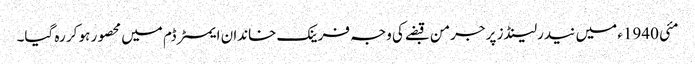
مئی 1940ء میں نیدرلینڈز پر جرمن قبضے کی وجہ فرینک خاندان ایمسٹرڈم میں محصور ہو کر رہ گیا۔